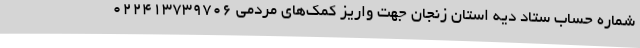
شماره حساب ستاد دیه استان زنجان جهت واریز کمک‌های مردمی 022413739706